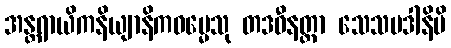
အန္တရာယိကနိယျာနိကဓမ္မေသု တဒဓီနတ္တာ သေသပဒါနိပိ